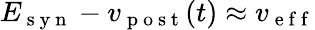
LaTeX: E_{\mathrm{~s~y~n~}}-v_{\mathrm{~p~o~s~t~}}(t)\approx v_{\mathrm{~e~f~f~}}